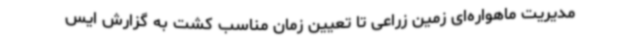
مدیریت ماهواره‌ای زمین زراعی تا تعیین زمان مناسب کشت به گزارش ایس